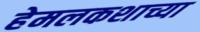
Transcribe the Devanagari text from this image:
हेमलकशाच्या